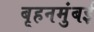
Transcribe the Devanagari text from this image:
बृहनमुंबई